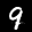
Label: 9